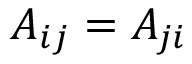
A _ { i j } = A _ { j i }